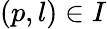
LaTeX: (p,l)\in I